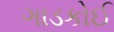
ગાડકોઈ